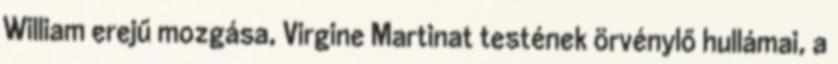
William erejű mozgása, Virgine Martinat testének örvénylő hullámai, a